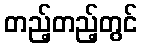
တည့်တည့်တွင်